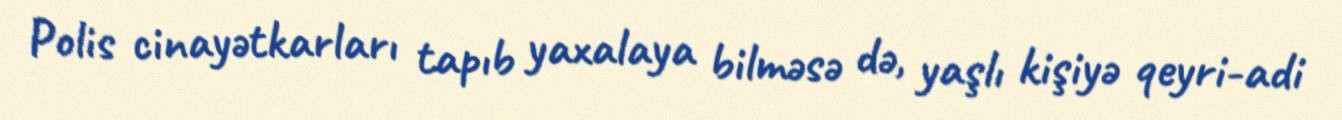
Polis cinayətkarları tapıb yaxalaya bilməsə də, yaşlı kişiyə qeyri-adi